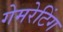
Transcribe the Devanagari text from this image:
गेमरेटिंग